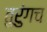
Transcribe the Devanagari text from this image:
तुरुंगच